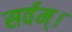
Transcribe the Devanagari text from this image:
सर्वम्।